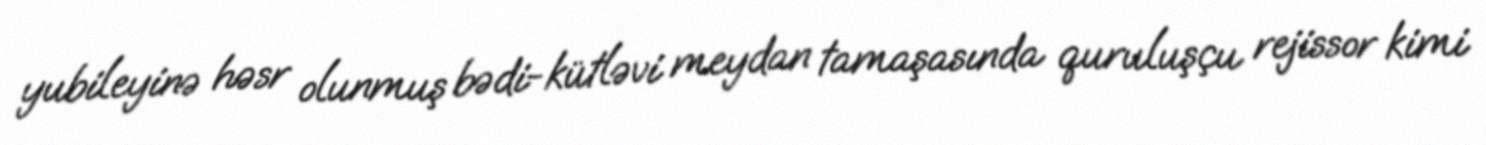
yubileyinə həsr olunmuş bədi-kütləvi meydan tamaşasında quruluşçu rejissor kimi